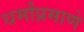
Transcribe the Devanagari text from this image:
धर्मांप्रमाणे